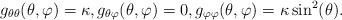
LaTeX: \begin{align*}g_{\theta\theta}(\theta,\varphi) &= \kappa,g_{\theta\varphi}(\theta,\varphi) = 0,g_{\varphi\varphi}(\theta,\varphi) = \kappa \sin^2(\theta).\end{align*}